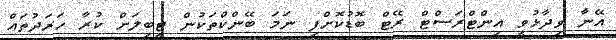
އޭނާ ވިދާޅުވީ އިންޓްރަސްޓް ރޭޓް ބޮޑުކޮށްފި ނަމަ ބޭންކްތަކުން ޓީބިލަށް ކުރާ ހަރަދުތައް